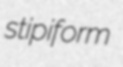
stipiform